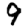
Digit: 9